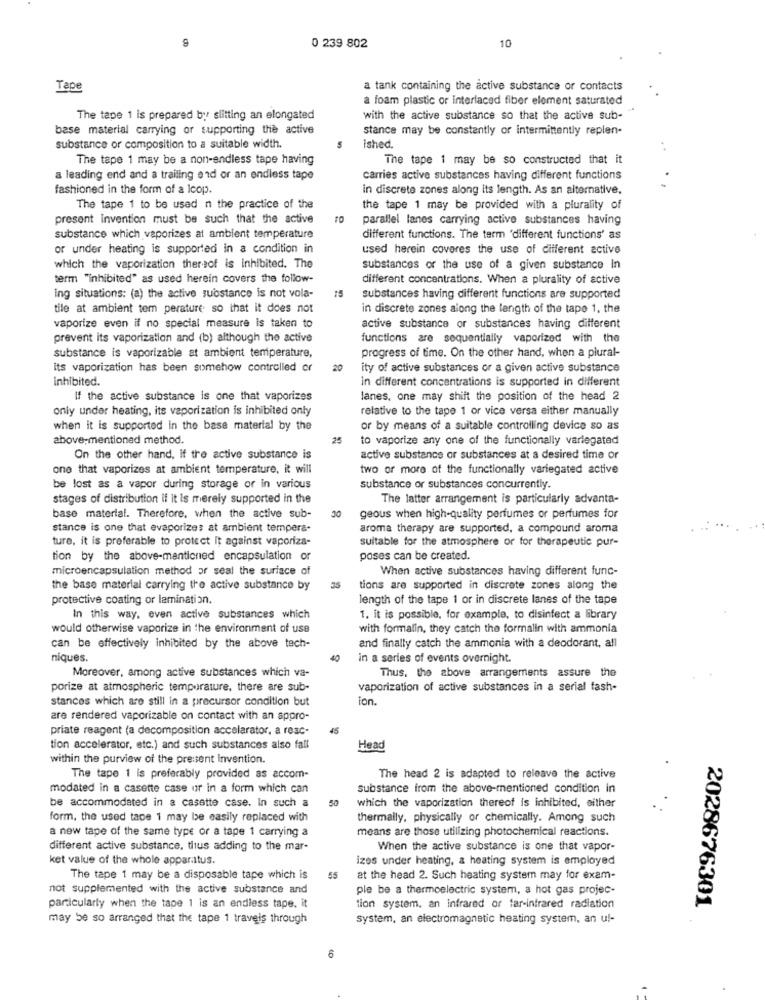
10
0 239 802
Tape
a tank containing the active substance or contacts
a foam plastic or interlaced fiber element saturated
The tape 1 is prepared by slitting an elongated
with the active substance so that the active sub-"
base material carrying or supporting the active
stance may be constantly or intermittently replen-
substance or composition to a suitable width.
ished.
The tape 1 may be a non-endless tape having
The tape 1 may be so constructed that it
a leading end and a trailing end or an endless tape
carries active substances having different functions
fashioned in the form of a Icop.
in discrete zones along its length. As an alternative.
The tape 1 to be used n the practice of the
the tape 1 may be provided with a plurality of
present invention must be such that the active
parallel lanes carrying active substances having
substance which vaporizes at ambient temperature
different functions. The term 'different functions' as
or under heating is supported in a condition in
used herein coveres the use of different active
which the vaporization thereof is inhibited. The
substances or the use of a given substance In
term "inhibited" as used herein covers the follow-
different concentrations. When a plurality of active
ing situations: (a) the active substance is not vola-
substances having different functions are supported
tile at ambient tem perature so that it does not
in discrete zones along the length of the tape 1. the
vaporize even if no special measure is taken to
active substance or substances having different
prevent its vaporization and (b) although the active
functions are sequentially vaporized with the
substance is vaporizable at ambient temperature,
progress of time. On the other hand, when a plural-
its vaporization has been somehow controlled or
20
ity of active substances or a given active substance
Inhibited.
in different concentrations is supported in different
If the active substance is one that vaporizes
lanes, one may shift the position of the head 2
only under heating, its vaporization is inhibited only
relative to the tape 1 or vice versa either manually
when it is supported in the base material by the
or by means of a suitable controlling device so as
above-mentioned method.
25
to vaporize any one of the functionally variegated
On the other hand, if tre active substance is
active substance or substances at a desired time or
one that vaporizes at ambient temperature, it will
two or more of the functionally variegated active
be lost as a vapor during storage or in various
substance or substances concurrently.
stages of distribution if it is merely supported in the
The latter arrangement is particularly advanta-
base material. Therefore, when the active sub-
geous when high-quality perfumes or perfumes for
stance is one that evaporizes at ambient tempera-
aroma therapy are supported, a compound aroma
ture, it is preferable to protect It against vaporiza-
suitable for the atmosphere or for therapeutic pur-
tion by the above-mentioned encapsulation or
poses can be created.
microencapsulation method or seal the surface of
When active substances having different func-
the base material carrying the active substance by
35
tions are supported in discrete zones along the
protective coating or lamination.
length of the tape 1 or in discrete lanes of the tape
In this way, even active substances which
1. it is possible, for example, to disinfect a library
would otherwise vaporize in the environment of use
with formalin, they catch the formalin with ammonia
and finally catch the ammonia with a deodorant, all
can be effectively inhibited by the above tech-
niques.
40
in a series of events overnight.
Moreover, among active substances which va-
Thus, the above arrangements assure the
porize at atmospheric temperature, there are sub-
vaporization of active substances in a serial fash-
stances which are still in a precursor condition but
ion.
are rendered vaporizable on contact with an appro-
priate reagent (a decomposition accelarator, a reac-
45
tion accelerator, etc.) and such substances also fall
Head
within the purview of the pressent Invention.
The tape 1 is preferably provided as accom-
The head 2 is adapted to releave the active
modated in a casette case or in a form which can
substance from the above-mentioned condition in
be accommodated in a casatte case. In such a
which the vaporization thereof is inhibited, either
form, the used tape 1 may be easily replaced with
thermally, physically or chemically. Among such
a new tape of the same type or a tape 1 carrying a
means are those utilizing photochemical reactions.
different active substance, thus adding to the mar-
When the active substance is one that vapor-
ket value of the whole apparatus.
izes under heating, & heating system is employed
The tape 1 may be a disposable tape which is
at the head 2. Such heating system may for exam-
not supplemented with the active substance and
ple be a thermoelectric system, a hot gas projec-
2028676301
particularly when the tape 1 is an endless tape. it
tion system, an infrared or far-infrared radiation
may be so arranged that the tape 1 travels through
System, an electromagnetic heating system, an ul-
6